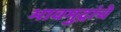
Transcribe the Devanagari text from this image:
भावमुद्रांचे